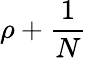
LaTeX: \rho+\frac{1}{N}